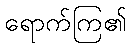
ရောက်ကြ၏